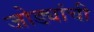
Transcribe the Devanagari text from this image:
जोड्यांची